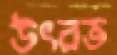
উৎরত